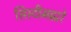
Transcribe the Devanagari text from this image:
सिस्टीमद्वारे